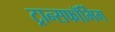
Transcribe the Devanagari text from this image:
ट्रान्सफॉर्मिंग